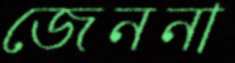
জেননা